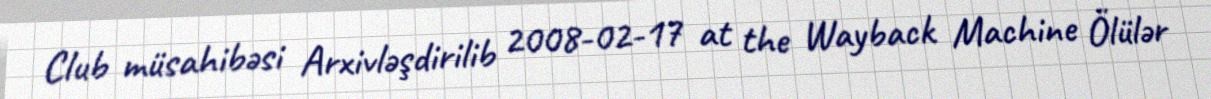
Club müsahibəsi Arxivləşdirilib 2008-02-17 at the Wayback Machine Ölülər